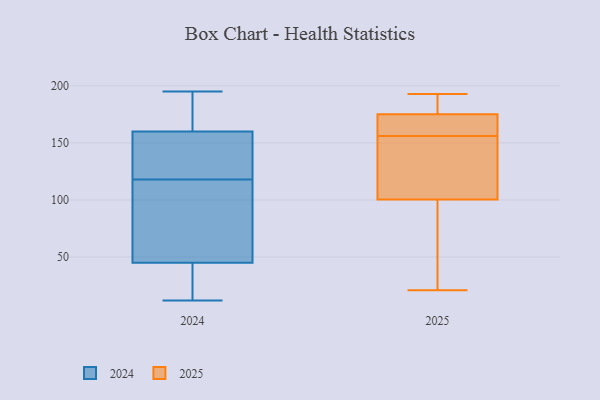
{"axis": {"x": "Production Output", "y": "Value"}, "legend": ["2024", "2025"], "data": [{"x": "", "y": 73, "type": "2024"}, {"x": "", "y": 91, "type": "2024"}, {"x": "", "y": 163, "type": "2024"}, {"x": "", "y": 122, "type": "2024"}, {"x": "", "y": 12, "type": "2024"}, {"x": "", "y": 41, "type": "2024"}, {"x": "", "y": 132, "type": "2024"}, {"x": "", "y": 35, "type": "2024"}, {"x": "", "y": 151, "type": "2024"}, {"x": "", "y": 127, "type": "2024"}, {"x": "", "y": 35, "type": "2024"}, {"x": "", "y": 185, "type": "2024"}, {"x": "", "y": 59, "type": "2024"}, {"x": "", "y": 118, "type": "2024"}, {"x": "", "y": 57, "type": "2024"}, {"x": "", "y": 15, "type": "2024"}, {"x": "", "y": 195, "type": "2024"}, {"x": "", "y": 195, "type": "2024"}, {"x": "", "y": 175, "type": "2024"}, {"x": "", "y": 176, "type": "2025"}, {"x": "", "y": 43, "type": "2025"}, {"x": "", "y": 163, "type": "2025"}, {"x": "", "y": 157, "type": "2025"}, {"x": "", "y": 137, "type": "2025"}, {"x": "", "y": 193, "type": "2025"}, {"x": "", "y": 176, "type": "2025"}, {"x": "", "y": 133, "type": "2025"}, {"x": "", "y": 21, "type": "2025"}, {"x": "", "y": 156, "type": "2025"}, {"x": "", "y": 175, "type": "2025"}, {"x": "", "y": 102, "type": "2025"}, {"x": "", "y": 96, "type": "2025"}]}